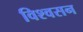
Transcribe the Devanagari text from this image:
विश्वसन